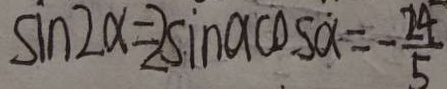
\sin 2 \alpha = 2 \sin \alpha \cos \alpha = - \frac { 2 4 } { 5 }